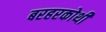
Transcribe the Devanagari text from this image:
बरहरकोथी